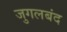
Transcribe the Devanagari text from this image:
जुगलबंद